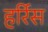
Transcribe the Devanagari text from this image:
हर्रिस